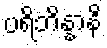
ပရိဘိန္နာနိ